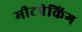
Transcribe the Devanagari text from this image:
मीटपेकिंग